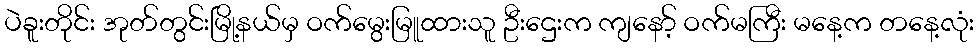
ပဲခူးတိုင်း အုတ်တွင်းမြို့နယ်မှ ဝက်မွေးမြူထားသူ ဦးဌေးက ကျနော့် ဝက်မကြီး မနေ့က တနေ့လုံး